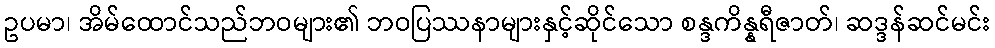
ဥပမာ၊ အိမ်ထောင်သည်ဘဝများ၏ ဘဝပြဿနာများနှင့်ဆိုင်သော စန္ဒကိန္နရီဇာတ်၊ ဆဒ္ဒန်ဆင်မင်း